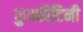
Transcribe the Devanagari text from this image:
कुक्कीटिनी